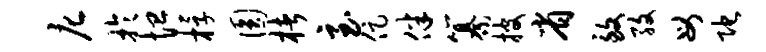
庀于恤桴圆楮至促伴纂披省致孜母陀